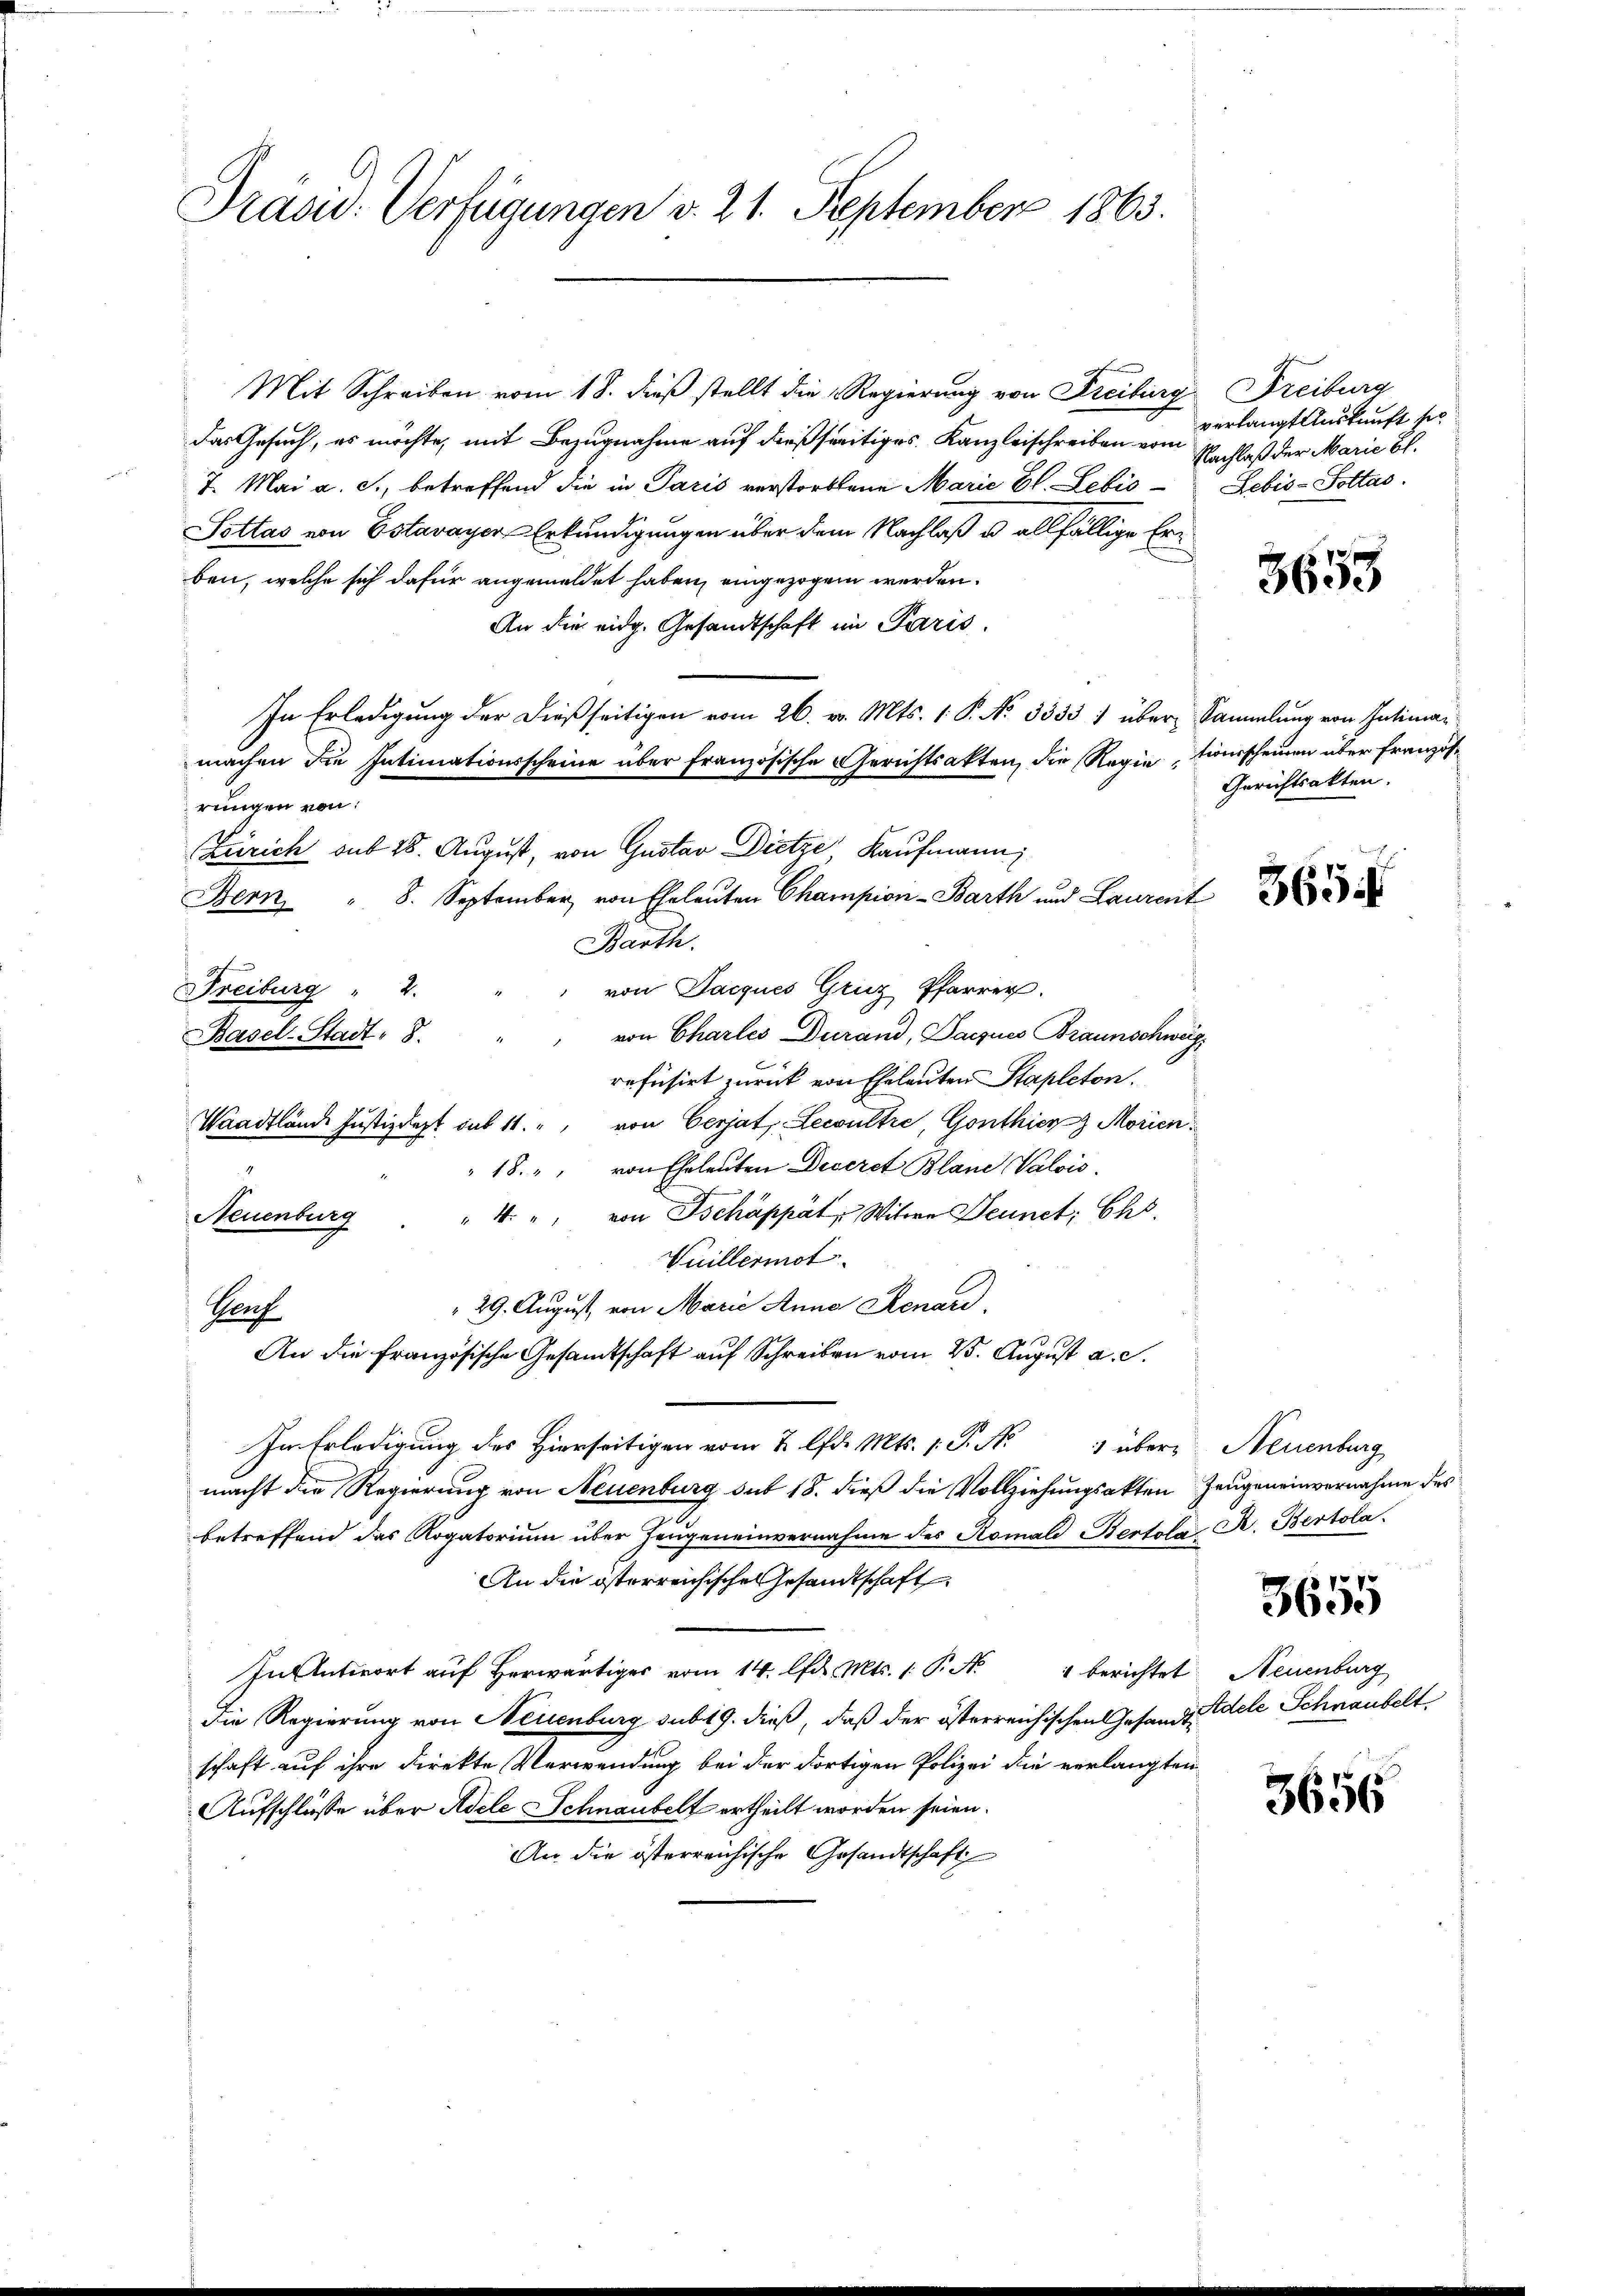
Präsid. Verfügungen v. 21. September 1863.

Mit Schreiben vom 18. dieß stellt die Regierung von Freiburg Freiburg
das Gesuch, es möchte, mit Bezugnahme auf dießseitiges Kanzleischreiben vom
7. Mai a. c., betreffend die in Paris verstorbene Marie El. Lebio-Lebis-Pottas.
Sottas von Estavayer Erkundigungen über dem Nachlaß u. allfällige Erben, welche sich dafür angemeldet haben, eingezogen werden.
An die eidg. Gesandtschaft im Paris.
In Erledigung der dießseitigen vom 26. v. Mts. 1. P. No 3333 1 über Sammlung von Intiman
machen die Intimationsscheine über französische Gerichtsakten, die Regiationsscheinen über Französrungen von:
Zürich aus 28. August, von Gustav Dietze, Kaufmann
Bern, " 8. September von Eheleuten Champion-Barth und Laurent
Barth.
von Jacques Gruz Pfarrer.
Freiburg " 2.
von Charles Durand, Parzes Braunschwäg
Basel-Stadt- 8.
refüsirt zurück von Eheleuten Stapleton.
Waadtlände Justizdept sub 11. " von Cerjat Lewultre, Gonthier Morien
18. " von Eheleuten Deceret Blane Valois.
" 4. " von Tscháppät, Witwe Jennet; Chs.
Neuenburg
Vuillermot
29. August, von Marie Anna Renard.
Prof.
An die Französische Gesamtschaft auf Schreiben vom 25. August a. c.
Im Erledigung des Hierseitigen vom 2. lfd. Mts. 1. P. M. über Neuenburg
macht die Regierung von Neuenburg sub 18. dieß die Vollziehungsakten Zeugeneinvernahme des
betreffend das Rogatorium über Zeugeneinvernahme des Romal Bertola B. Bertola.
An die österreichisches Gesandtschaft
In Antwort auf herwärtiges vom 14. lfd. Mts. 1. P. Nr. 1 berichtet. Neuenburg
Die Regierung von Neuenburg sub 19. dieß, daß der österreichischen Gesandt Adele Schnaubelt,
schaft auf ihre Direkte Verwendung bei der dortigen Polizei die verlangten
Aufschlüsse über Adele Schnaubelt ertheilt worden seien.
An die österreichische Gesandtschaft

verlangt Auskunft si
Nachlaß der Marie Bl.

3653

Gerichtsakten.

3655

3656